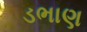
ડભાણ